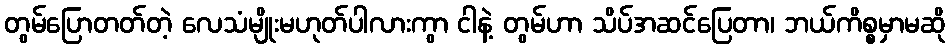
တွမ်ပြောတတ်တဲ့ လေသံမျိုးမဟုတ်ပါလားကွာ ငါနဲ့ တွမ်ဟာ သိပ်အဆင်ပြေတာ၊ ဘယ်ကိစ္စမှာမဆို